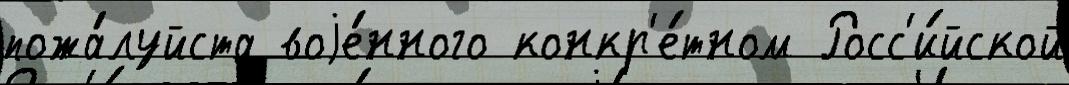
пожа́луйста воjе́нного конкр'е́тном Росс'и́йской